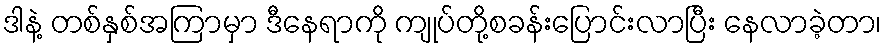
ဒါနဲ့ တစ်နှစ်အကြာမှာ ဒီနေရာကို ကျုပ်တို့စခန်းပြောင်းလာပြီး နေလာခဲ့တာ၊